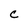
Character: C